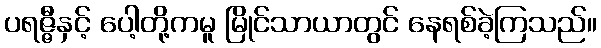
ပရဇ္ဇီနှင့် ပေါ့တို့ကမူ မြိုင်သာယာတွင် နေရစ်ခဲ့ကြသည်။